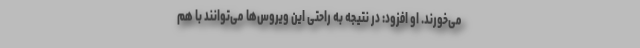
می‌خورند. او افزود: در نتیجه به راحتی این ویروس‌ها می‌توانند با هم